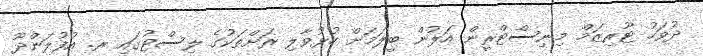
ދުވަހު ޓޫރިޒަމް މިނިސްޓްރީން އަލުން ބީލަމަށް ހުޅުވާލި ރަށްތަކުގެ ލިސްޓުގައި ރ. އުފުލަންދޫ